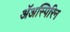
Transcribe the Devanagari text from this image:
ॲअस्पिरिन